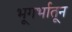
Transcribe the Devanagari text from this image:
भूगर्भातून